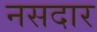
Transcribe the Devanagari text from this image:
नसदार